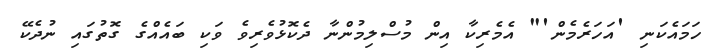
ހަމައެކަނި 'އަހަރެމެން'" އެމެރިކާ އިން މުސްލިމުންނާ ދެކޮޅުވެރިވެ ވަކި ބައެއްގެ ގޮތުގައި ނުދެކޭ